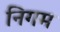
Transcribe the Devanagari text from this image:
निगम